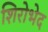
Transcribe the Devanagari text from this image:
शिरोभेद